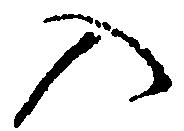
入